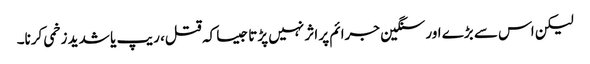
لیکن اس سے بڑے اور سنگین جرائم پر اثر نہیں پڑتا جیسا کہ قتل، ریپ یا شدید زخمی کرنا۔